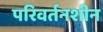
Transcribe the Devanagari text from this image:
परिवर्तनशीन